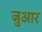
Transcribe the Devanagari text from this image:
जुआर